65_HS1-834228961_62-HQ-83894_Section_9
Agency: FBI
Page 194
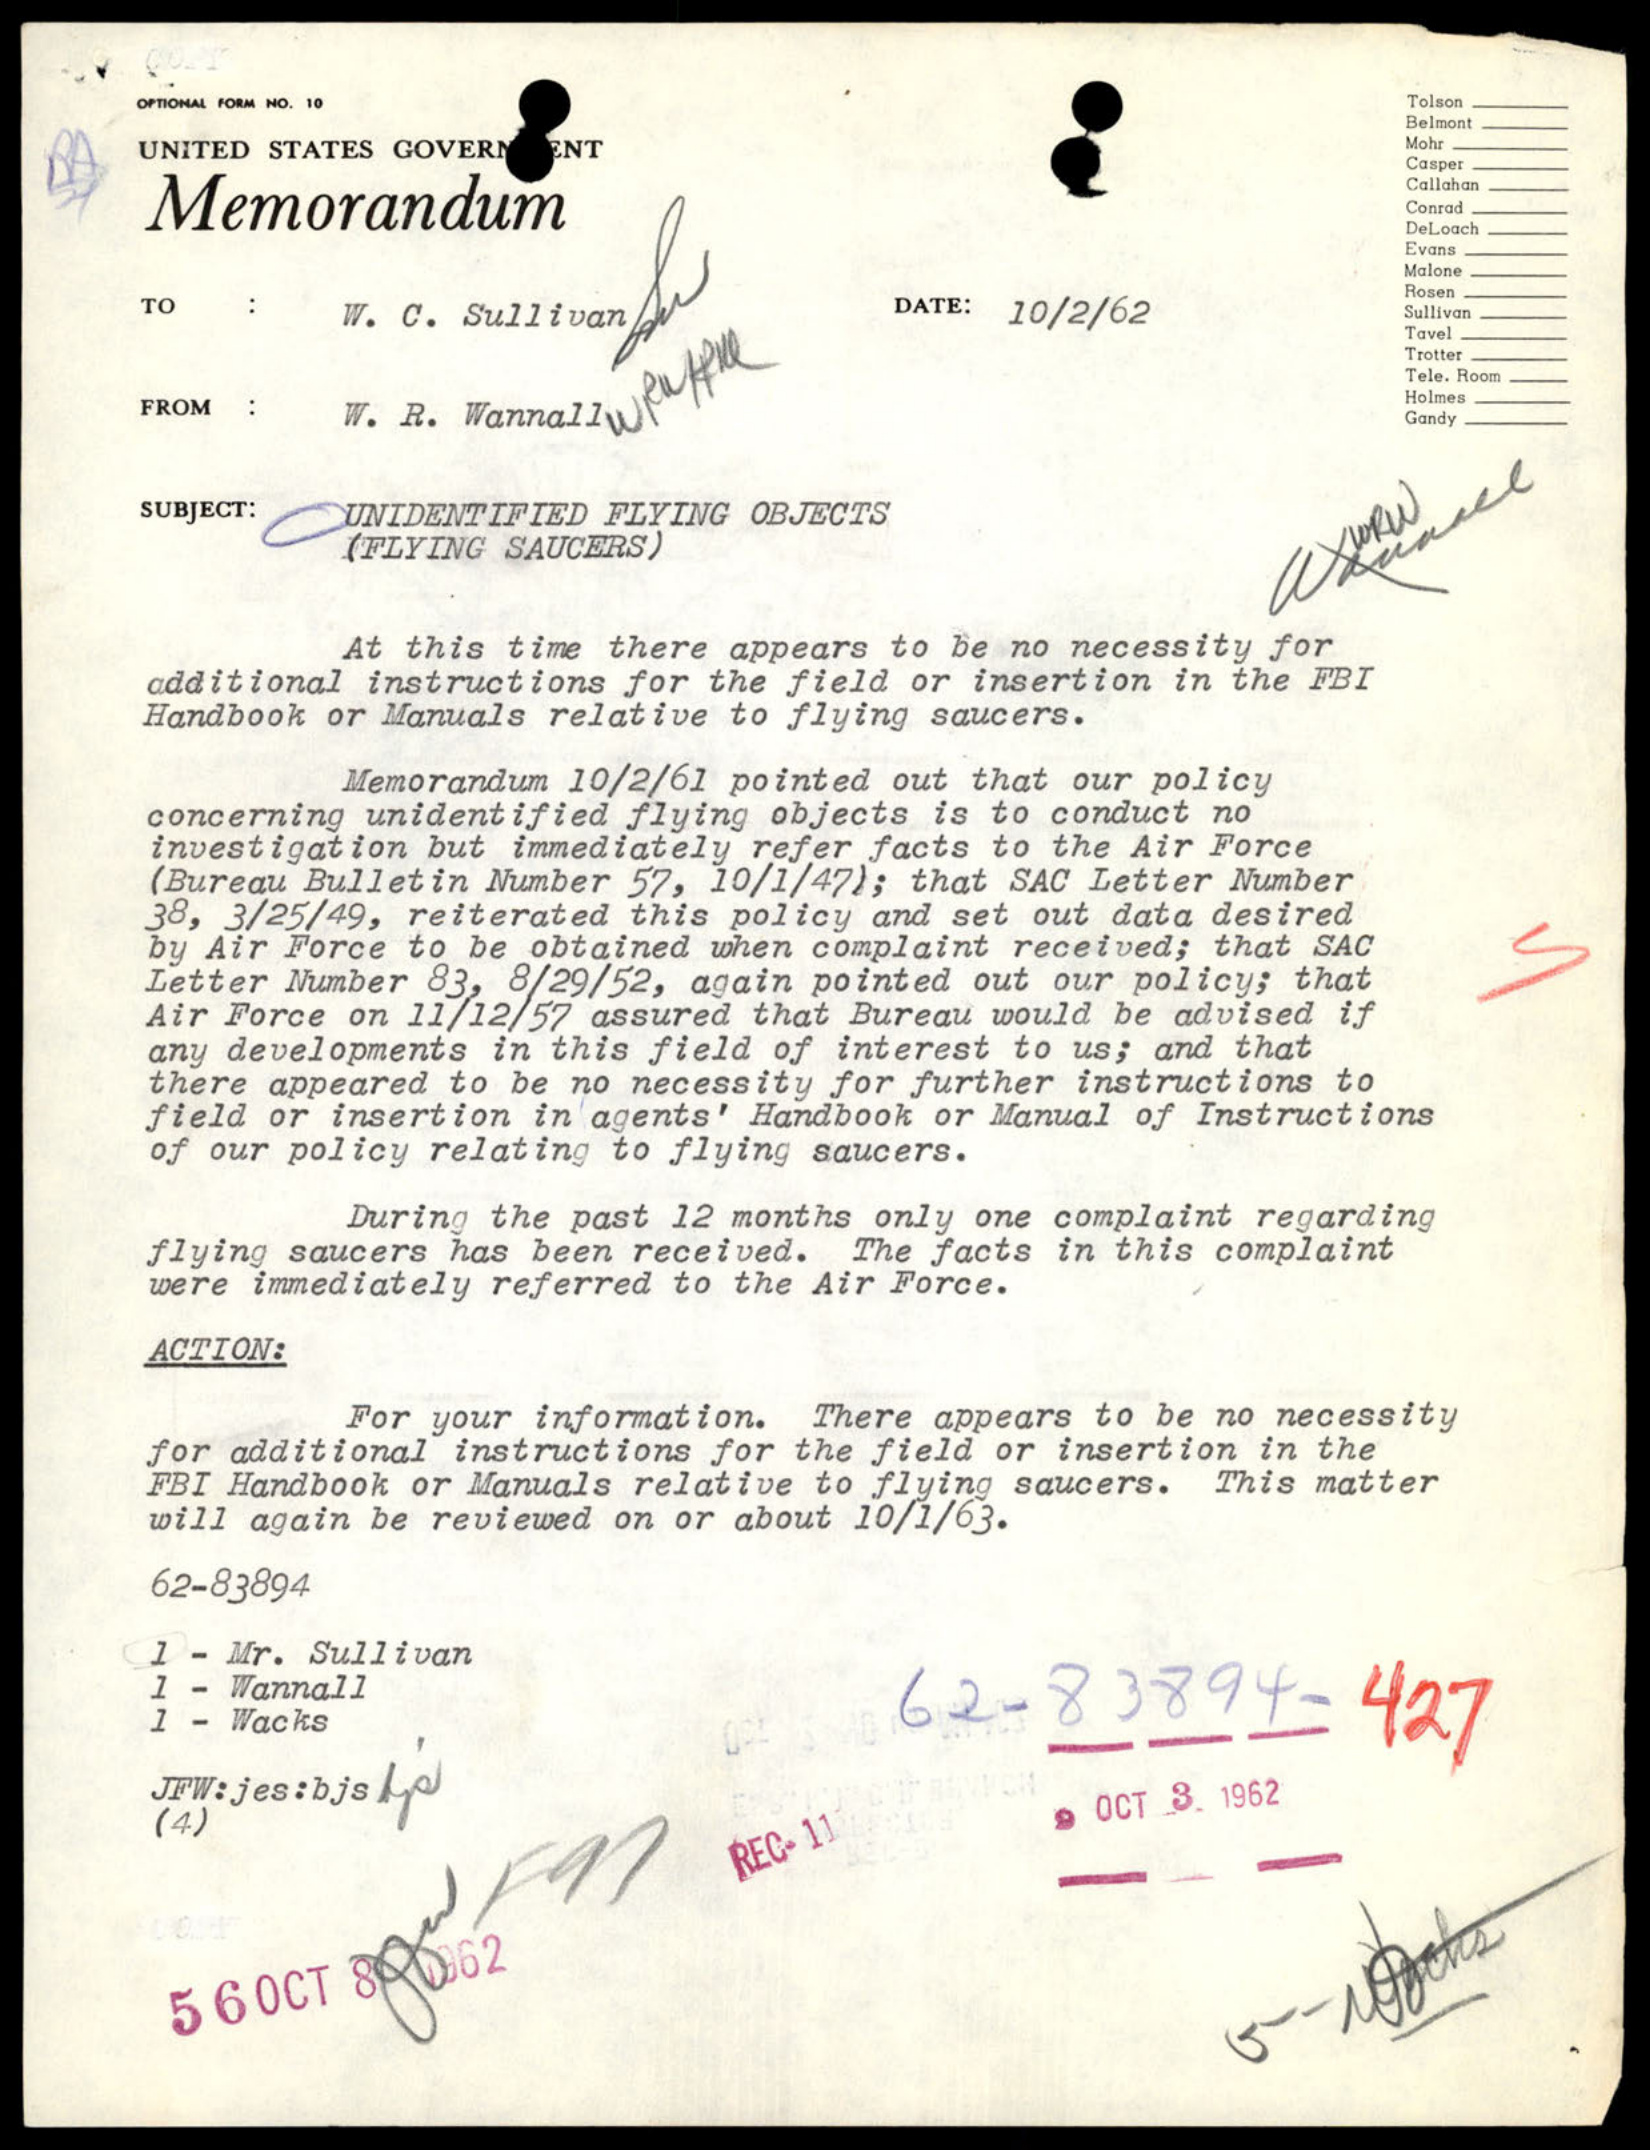